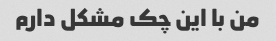
من با این چک مشکل دارم